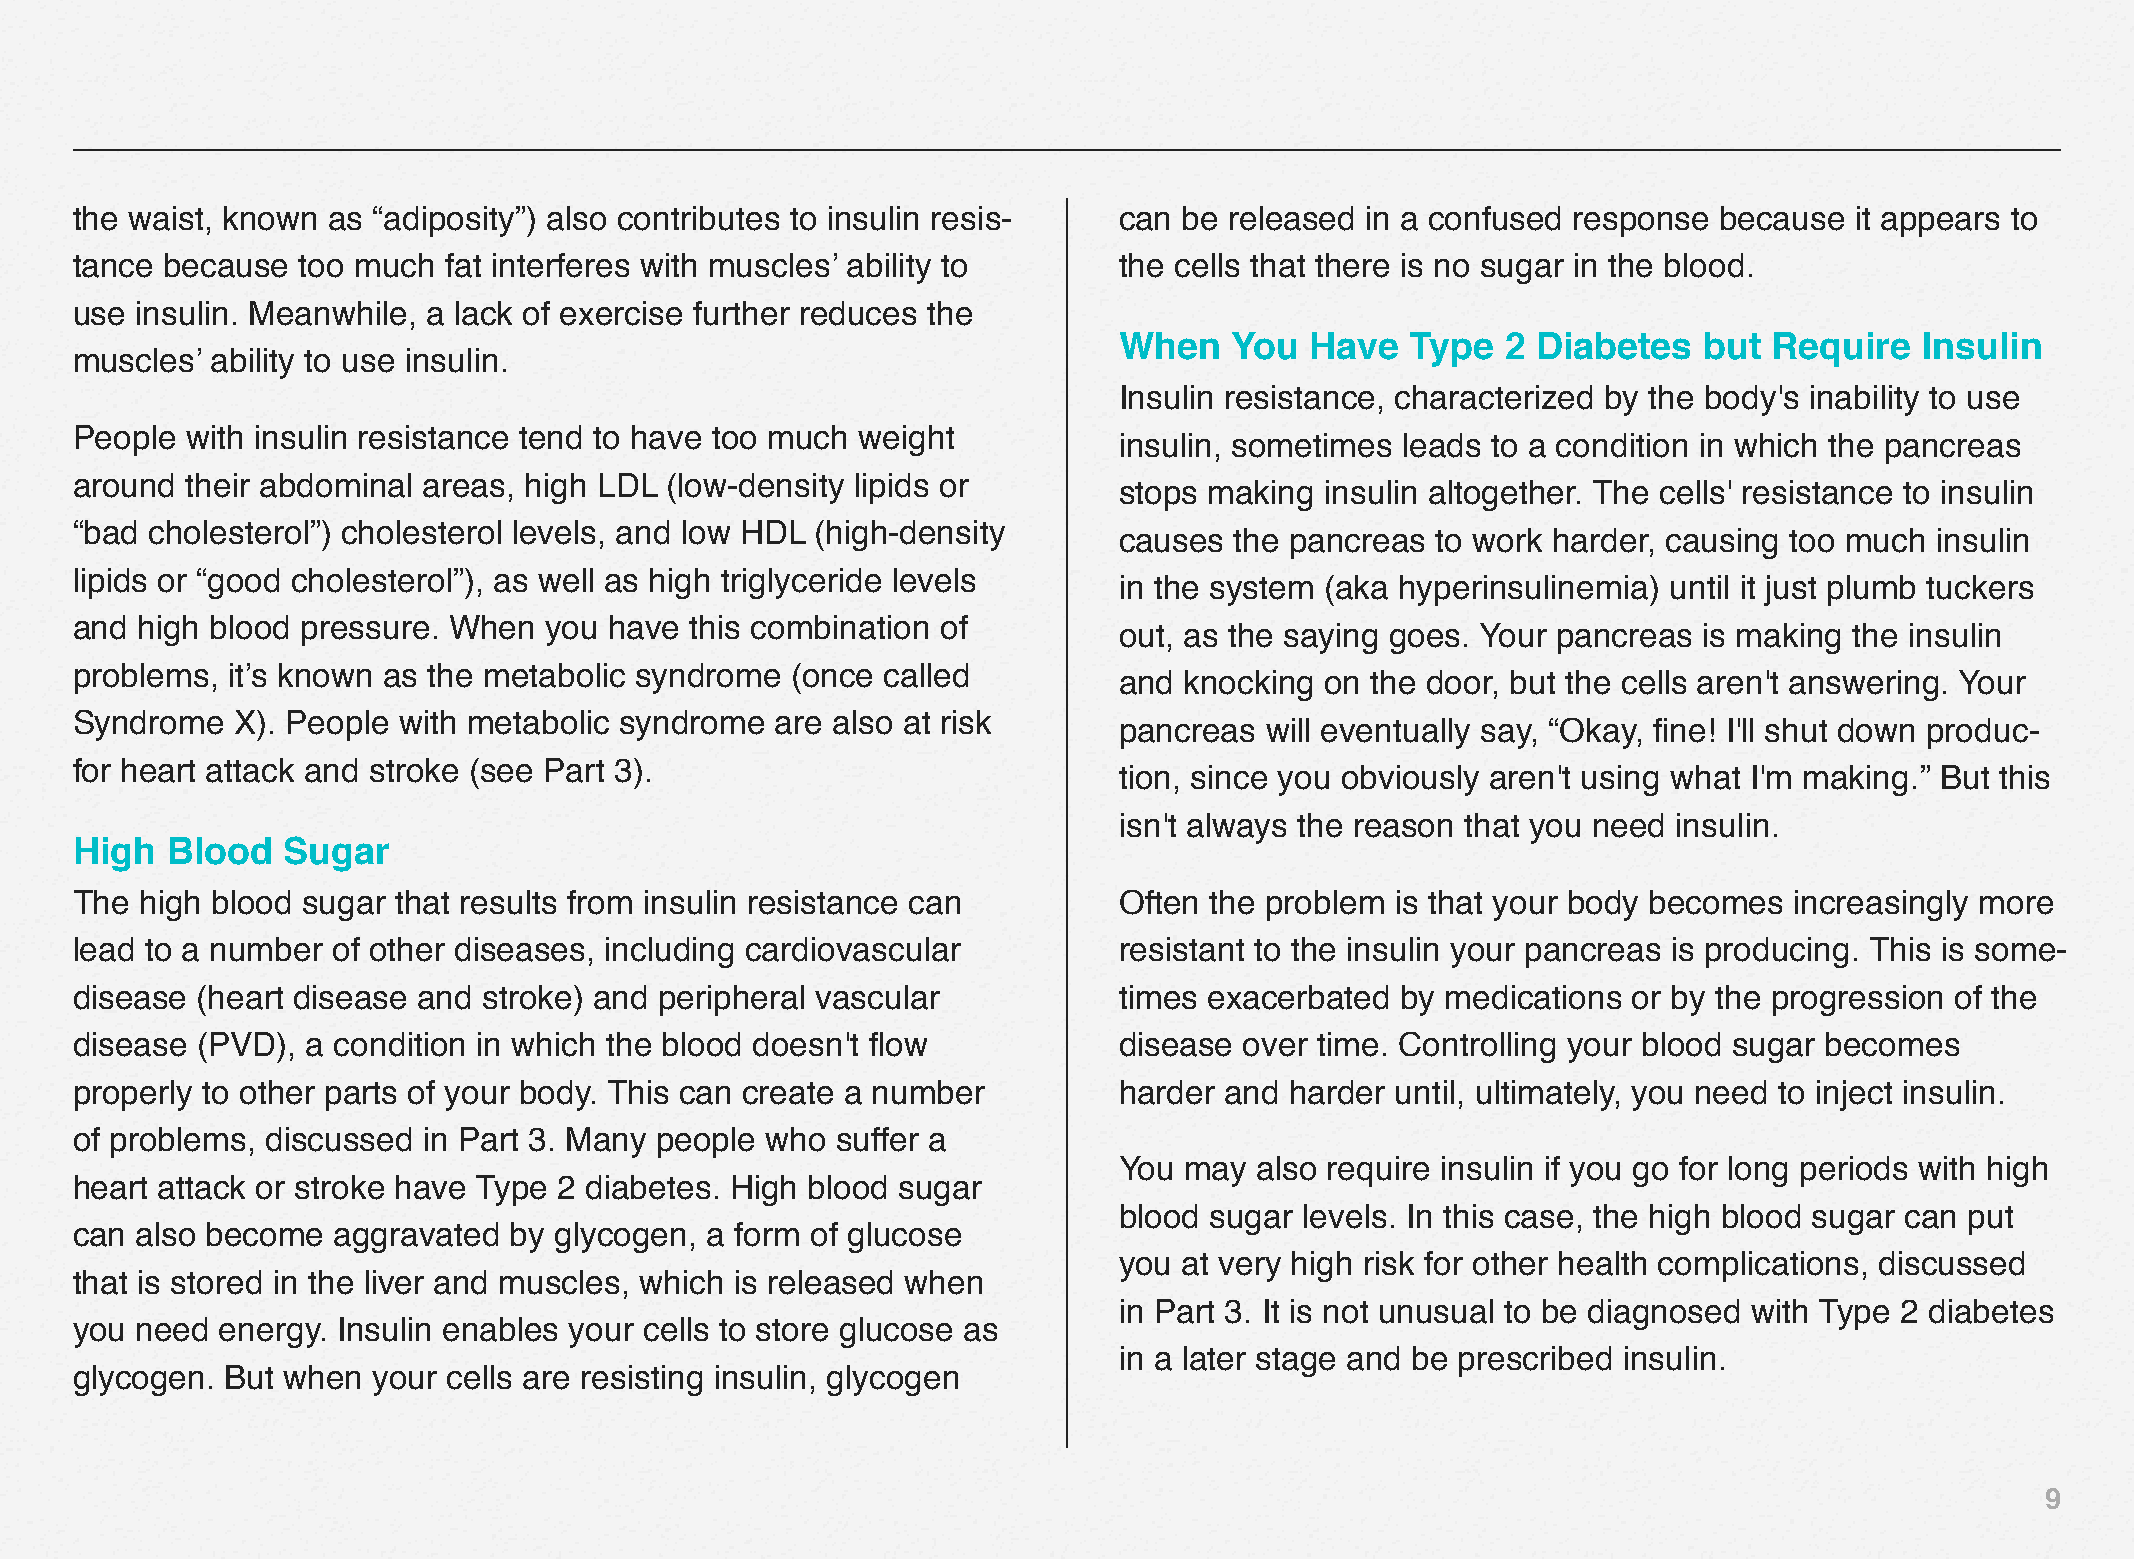
the waist, known as “adiposity”) also contributes to insulin resis-  can be released in a confused response  because  it appears to
 tance because  too much fat interferes with muscles’ ability to      the cells that there is no sugar in the blood.
 use insulin. Meanwhile, a lack of exercise further reduces the
 When   You   Have  Type   2 Diabetes   but Require   Insulin
 muscles’ ability to use insulin.
 Insulin resistance, characterized by the body's inability to use
 People with insulin resistance tend to have too much weight
 insulin, sometimes leads to a condition in which the pancreas
 around their abdominal areas, high LDL (low-density lipids or
 stops making  insulin altogether. The cells' resistance to insulin
 “bad cholesterol”) cholesterol levels, and low HDL (high-density
 causes  the pancreas to work harder, causing too much insulin
 lipids or “good cholesterol”), as well as high triglyceride levels
 in the system (aka hyperinsulinemia) until it just plumb tuckers
 and high blood pressure. When  you have  this combination of
 out, as the saying goes. Your pancreas is making the insulin
 problems, it’s known as the metabolic syndrome (once  called
 and knocking  on the door, but the cells aren't answering. Your
 Syndrome  X). People with metabolic syndrome  are also at risk
 pancreas  will eventually say, “Okay, fine! I'll shut down produc-
 for heart attack and stroke (see Part 3).
 tion, since you obviously aren't using what I'm making.” But this
 isn't always the reason that you need insulin.
 High  Blood   Sugar
 The high blood sugar that results from insulin resistance can        Often the problem is that your body becomes  increasingly more
 lead to a number of other diseases, including cardiovascular         resistant to the insulin your pancreas is producing. This is some-
 disease (heart disease and stroke) and peripheral vascular           times exacerbated  by medications or by the progression of the
 disease (PVD), a condition in which the blood doesn't flow           disease over time. Controlling your blood sugar becomes
 properly to other parts of your body. This can create a number       harder and harder until, ultimately, you need to inject insulin.
 of problems, discussed in Part 3. Many people who suffer a
 You may  also require insulin if you go for long periods with high
 heart attack or stroke have Type 2 diabetes. High blood sugar
 blood sugar levels. In this case, the high blood sugar can put
 can also become  aggravated  by glycogen, a form of glucose
 you at very high risk for other health complications, discussed
 that is stored in the liver and muscles, which is released when
 in Part 3. It is not unusual to be diagnosed with Type 2 diabetes
 you need  energy. Insulin enables your cells to store glucose as
 in a later stage and be prescribed insulin.
 glycogen. But when  your cells are resisting insulin, glycogen
 9